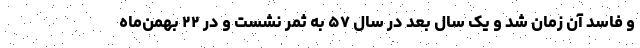
و فاسد آن زمان شد و یک سال بعد در سال ۵۷ به ثمر نشست و در ۲۲ بهمن‌ماه